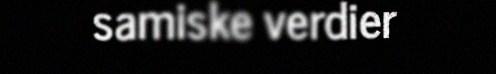
samiske verdier